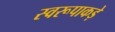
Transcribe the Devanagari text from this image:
स्वरूपाकड़े